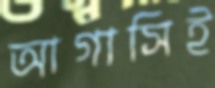
আগাসিই